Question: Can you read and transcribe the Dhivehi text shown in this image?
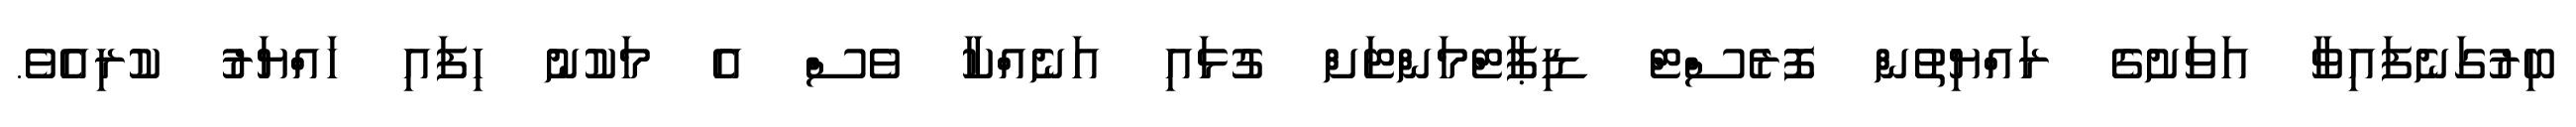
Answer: ބިރުގަނެފައިވާ އަވަށުގެ ރައްޔިތުން ފޮރެސްޓް ޑިޕާޓްމަންޓަށް ގުޅައި އަނެއްކާ ވެސް އެ މަކުނު ހިފައި ހައްޔަރު ކުރިއެވެ.